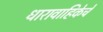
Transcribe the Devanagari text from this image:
धारावाहिकेचे